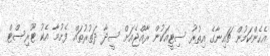
އެހެންކަމުން ޗައިނާގެ އިތުރު ސިޓީއަކުން ރާއްޖެއަށް ސީދާ ދަތުރުތައް ފެށުމާ އެކު ޓޫރިސްޓް